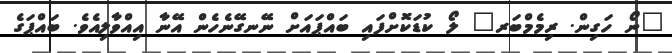
"ނޯ ހަގިން. ރިމެމްބަރ" ލޯ ކުޑަކޮށްފައި ބައްޕައަށް ނޭނގޭނެހެން އޭނާ އިއްވާލިއެވެ. ބައްޕަގެ